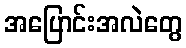
အပြောင်းအလဲတွေ